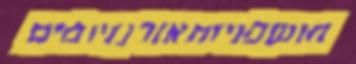
חושפניותאורגניזמים